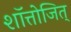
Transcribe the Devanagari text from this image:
शॉत्तोजित्